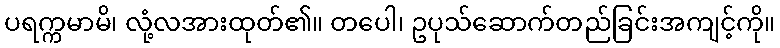
ပရက္ကမာမိ၊ လုံ့လအားထုတ်၏။ တပေါ၊ ဥပုသ်ဆောက်တည်ခြင်းအကျင့်ကို။